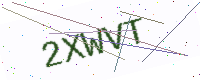
Text: 2XWVT